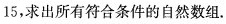
15，求出所有符合条件的自然数组。